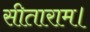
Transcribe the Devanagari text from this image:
सीताराम।